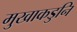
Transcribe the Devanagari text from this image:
मुखाकडुनि